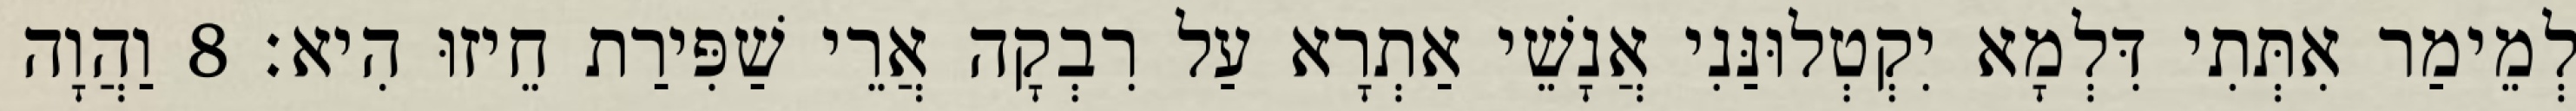
לְמֵימַר אִתְּתִי דִּלְמָא יִקְטְלוּנַּנִי אֲנָשֵׁי אַתְרָא עַל רִבְקָה אֲרֵי שַׁפִּירַת חֵיזוּ הִיא׃ 8 וַהֲוָה